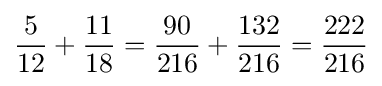
{\frac {5}{12}}+{\frac {11}{18}}={\frac {90}{216}}+{\frac {132}{216}}={\frac {222}{216}}